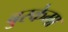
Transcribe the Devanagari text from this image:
बुस्केमा